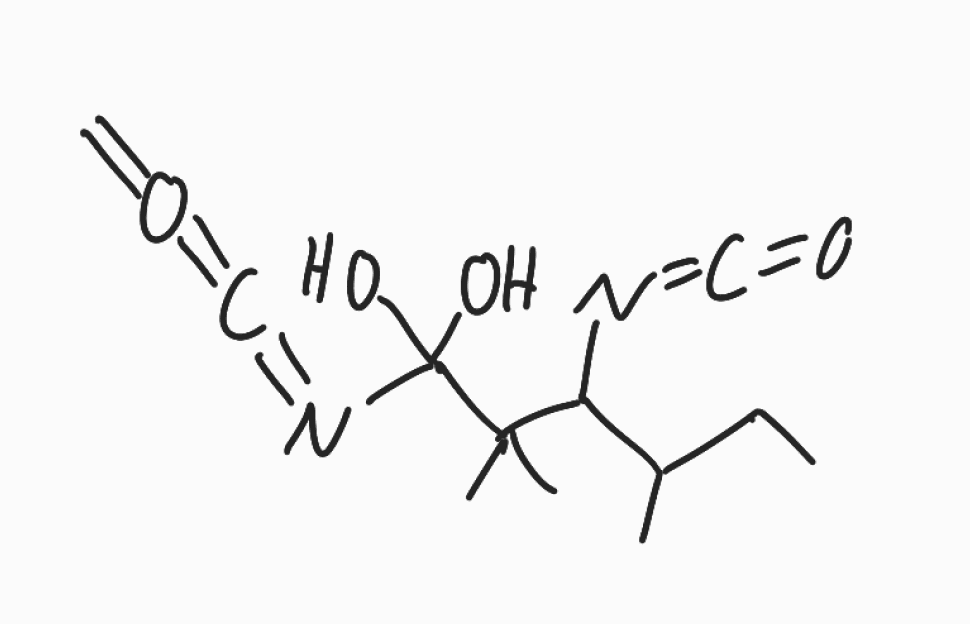
Simplified molecular-input line-entry system (SMILES) notation of the given molecule:
CCC(C)C(C(C)(C)C(N=C=O)(O)O)N=C=O